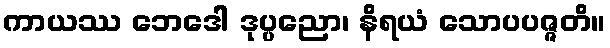
ကာယဿ ဘေဒေါ ဒုပ္ပညော၊ နိရယံ သောပပဇ္ဇတိ။